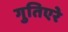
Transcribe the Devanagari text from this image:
गुतिएरे